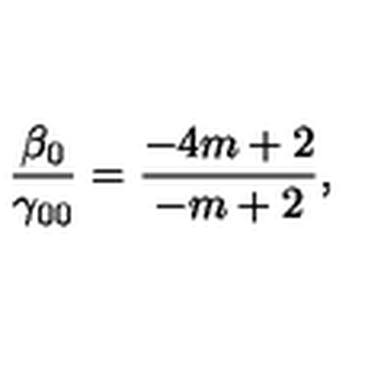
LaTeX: { \frac { \beta _ { 0 } } { \gamma _ { 0 0 } } } = { \frac { - 4 m + 2 } { - m + 2 } } ,